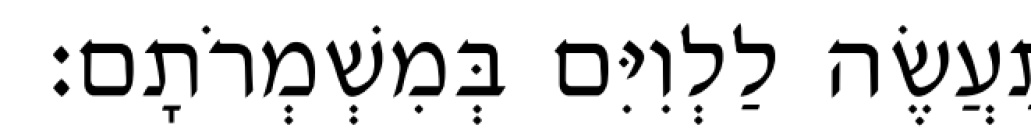
תַּעֲשֶׂה לַלְוִיִּם בְּמִשְׁמְרֹתָם׃